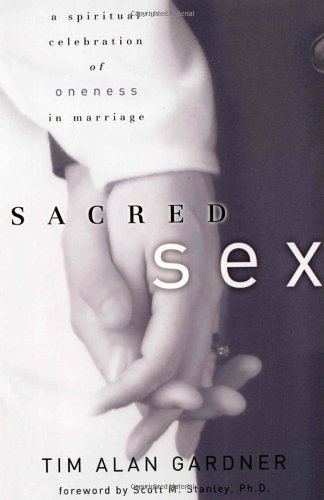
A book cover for Sacred Sex: A Spiritual Celebration of Oneness in Marriage; Tim Alan Gardner; Religion & Spirituality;